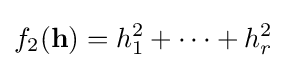
f_{2}(\mathbf {h} )=h_{1}^{2}+\cdots +h_{r}^{2}